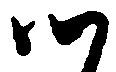
つ